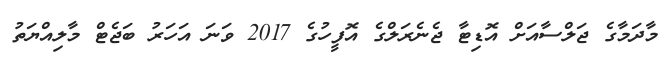
މާދަމާގެ ޖަލްސާއަށް އޮޑިޓާ ޖެނެރަލްގެ އޮފީހުގެ 2017 ވަނަ އަހަރު ބަޖެޓް މާލިއްޔަތު